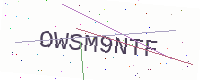
Text: OWSM9NTF